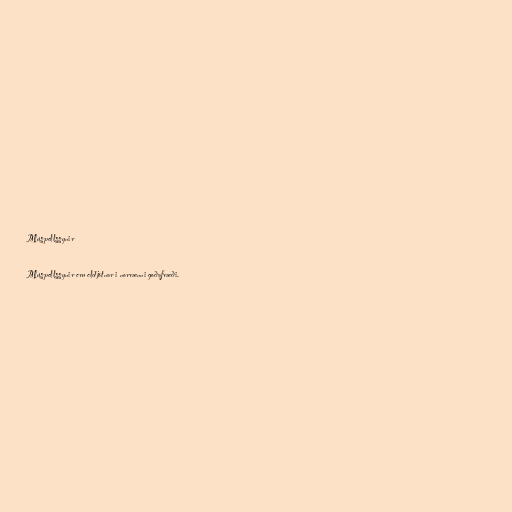
Múspellssynir

Múspellssynir eru eldjötnar i norrænni goðafræði.